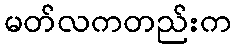
မတ်လကတည်းက